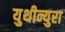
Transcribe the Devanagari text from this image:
युथीन्युरा